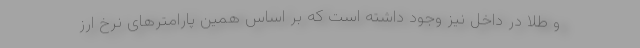
و طلا در داخل نیز وجود داشته است که بر اساس همین پارامترهای نرخ ارز